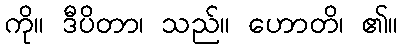
ကို။ ဒီပိတာ၊ သည်။ ဟောတိ၊ ၏။